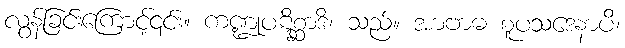
လွန်ခြင်းကြောင့်၎င်း။ ကဏ္ဍုပဋိစ္ဆာဒိ၊ သည်။ အာဗာဓ စူပသဒေနာပိ၊